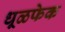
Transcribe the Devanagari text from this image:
धूळफेक